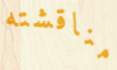
مناقشته